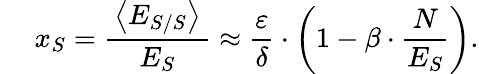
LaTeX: \quad\: x_{S}=\frac{\, \left<E_{S/S}\right>\, }{E_{S}}\approx\frac{\varepsilon}{\delta}\cdot\left(1-\beta\cdot\frac{N}{E_{S}}\right).